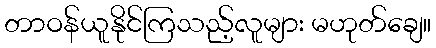
တာဝန်ယူနိုင်ကြသည့်လူများ မဟုတ်ချေ။